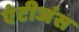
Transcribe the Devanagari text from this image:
एंटीजंस